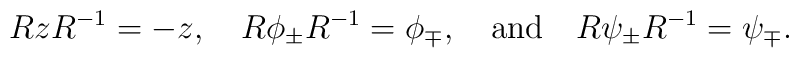
R z R^{-1}=-z, \quad R \phi_{\pm} R^{-1}=\phi_{\mp},\quad  {\rm and}  \quad R \psi_{\pm} R^{-1}= \psi_{\mp}.